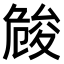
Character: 𠨢